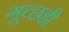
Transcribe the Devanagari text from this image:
गूच्छही